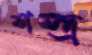
শস্ত্র